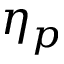
\eta _ { p }